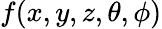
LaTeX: f(x,y,z,\theta,\phi)